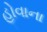
હોવાના